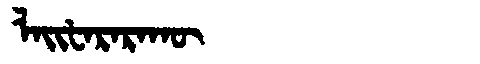
Manchu: ᠯᠠᡳᡶᠠᡵᠠᡵᠠᡴᡡ
Romanization: LAIFARARAKŪ